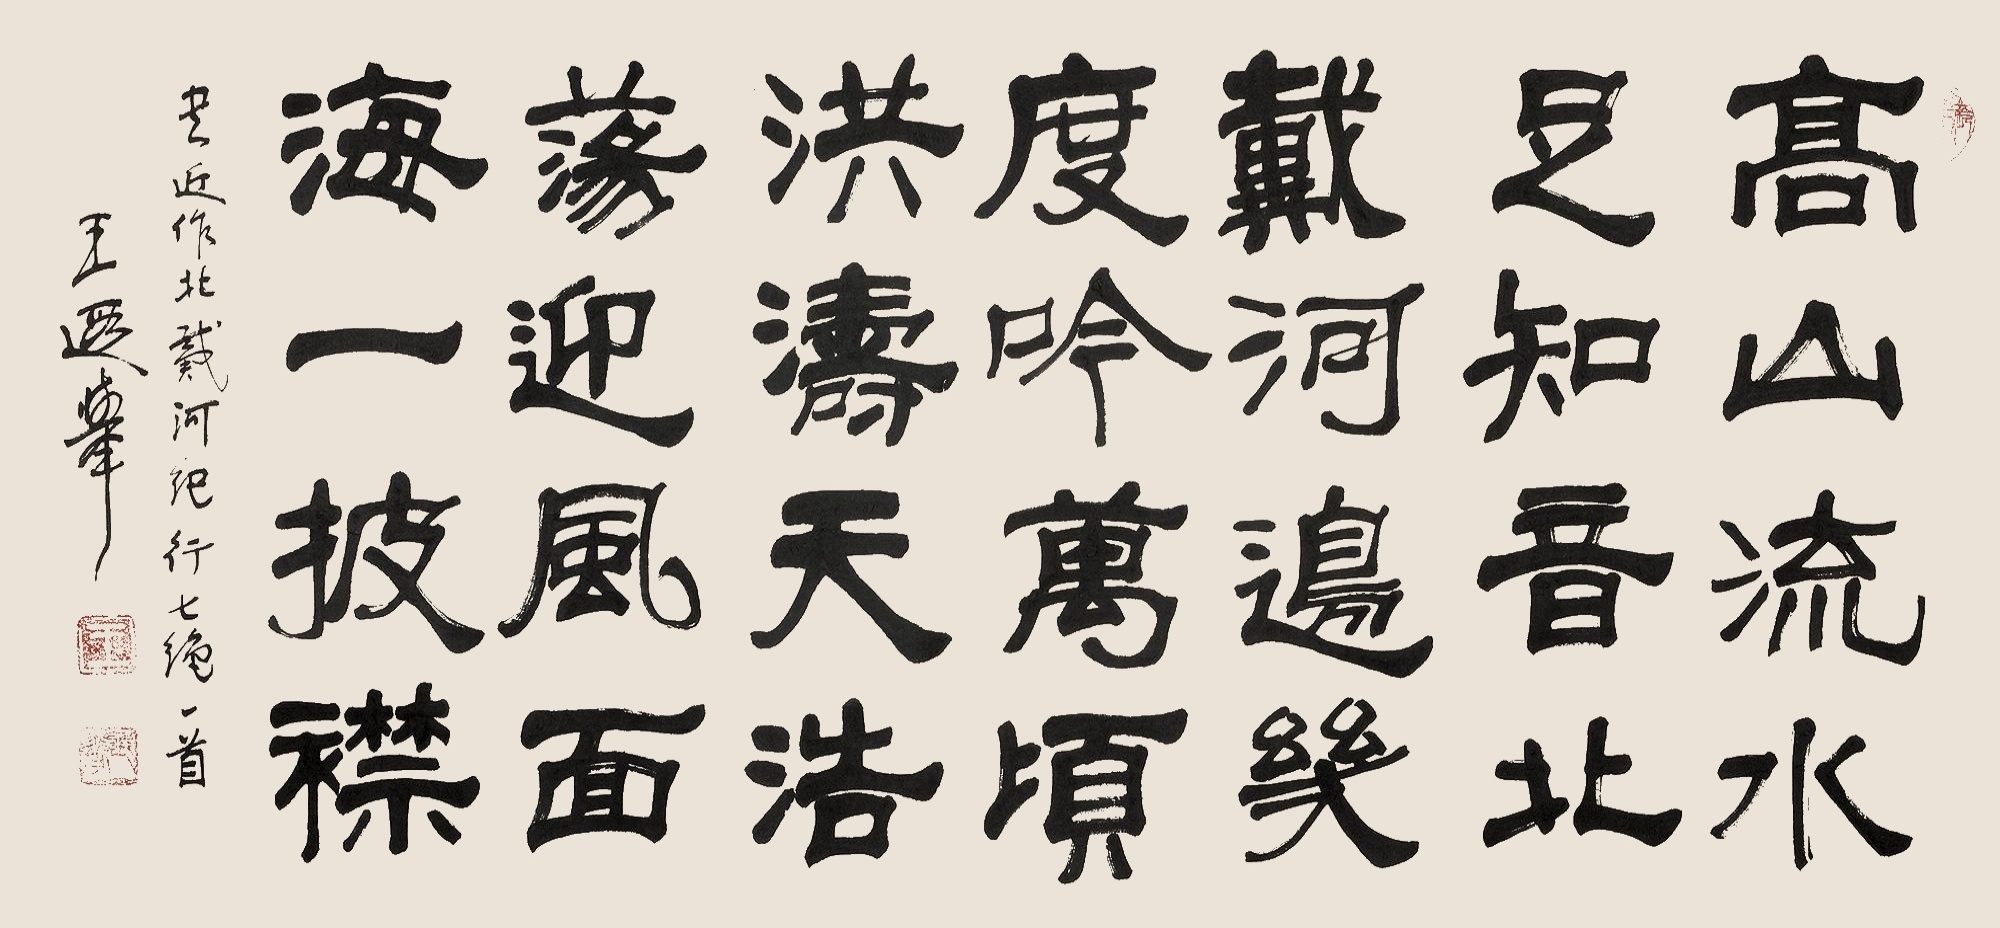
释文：高山流水是知音，北戴河边几度吟。万顷洪涛天浩荡，迎风面海一披襟。书近作北戴河纪行七绝一首，王遐举。